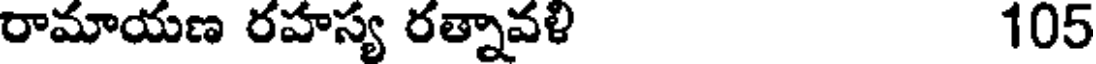
రామాయణ రహస్య రత్నావళి 105